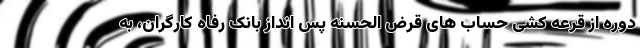
دوره از قرعه کشی حساب های قرض الحسنه پس انداز بانک رفاه کارگران، به